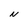
Character: N